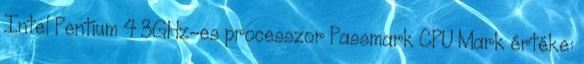
Intel Pentium 4 3GHz-es processzor Passmark CPU Mark értéke: